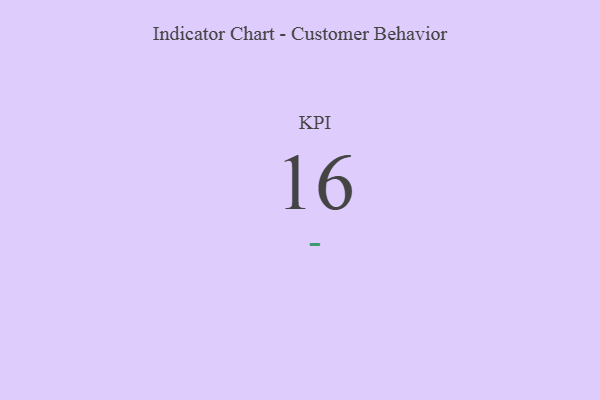
{"axis": {"x": "KPI", "y": "Value"}, "legend": [""], "data": [{"x": "KPI", "y": 16, "type": ""}]}